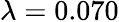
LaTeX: \lambda=0.070